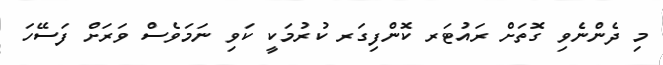
މި ދެންނެވި ގޮތަށް ރައުޓަރ ކޮންފިގަރ ކުރުމަކީ ކަވި ނަމަވެސް ވަރަށް ފަސޭހަ